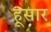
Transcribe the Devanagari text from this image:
हूसार